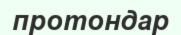
протондар